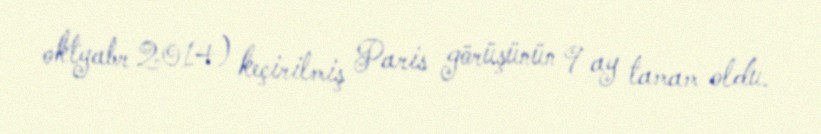
oktyabr 2014) keçirilmiş Paris görüşünün 9 ay tamam oldu.